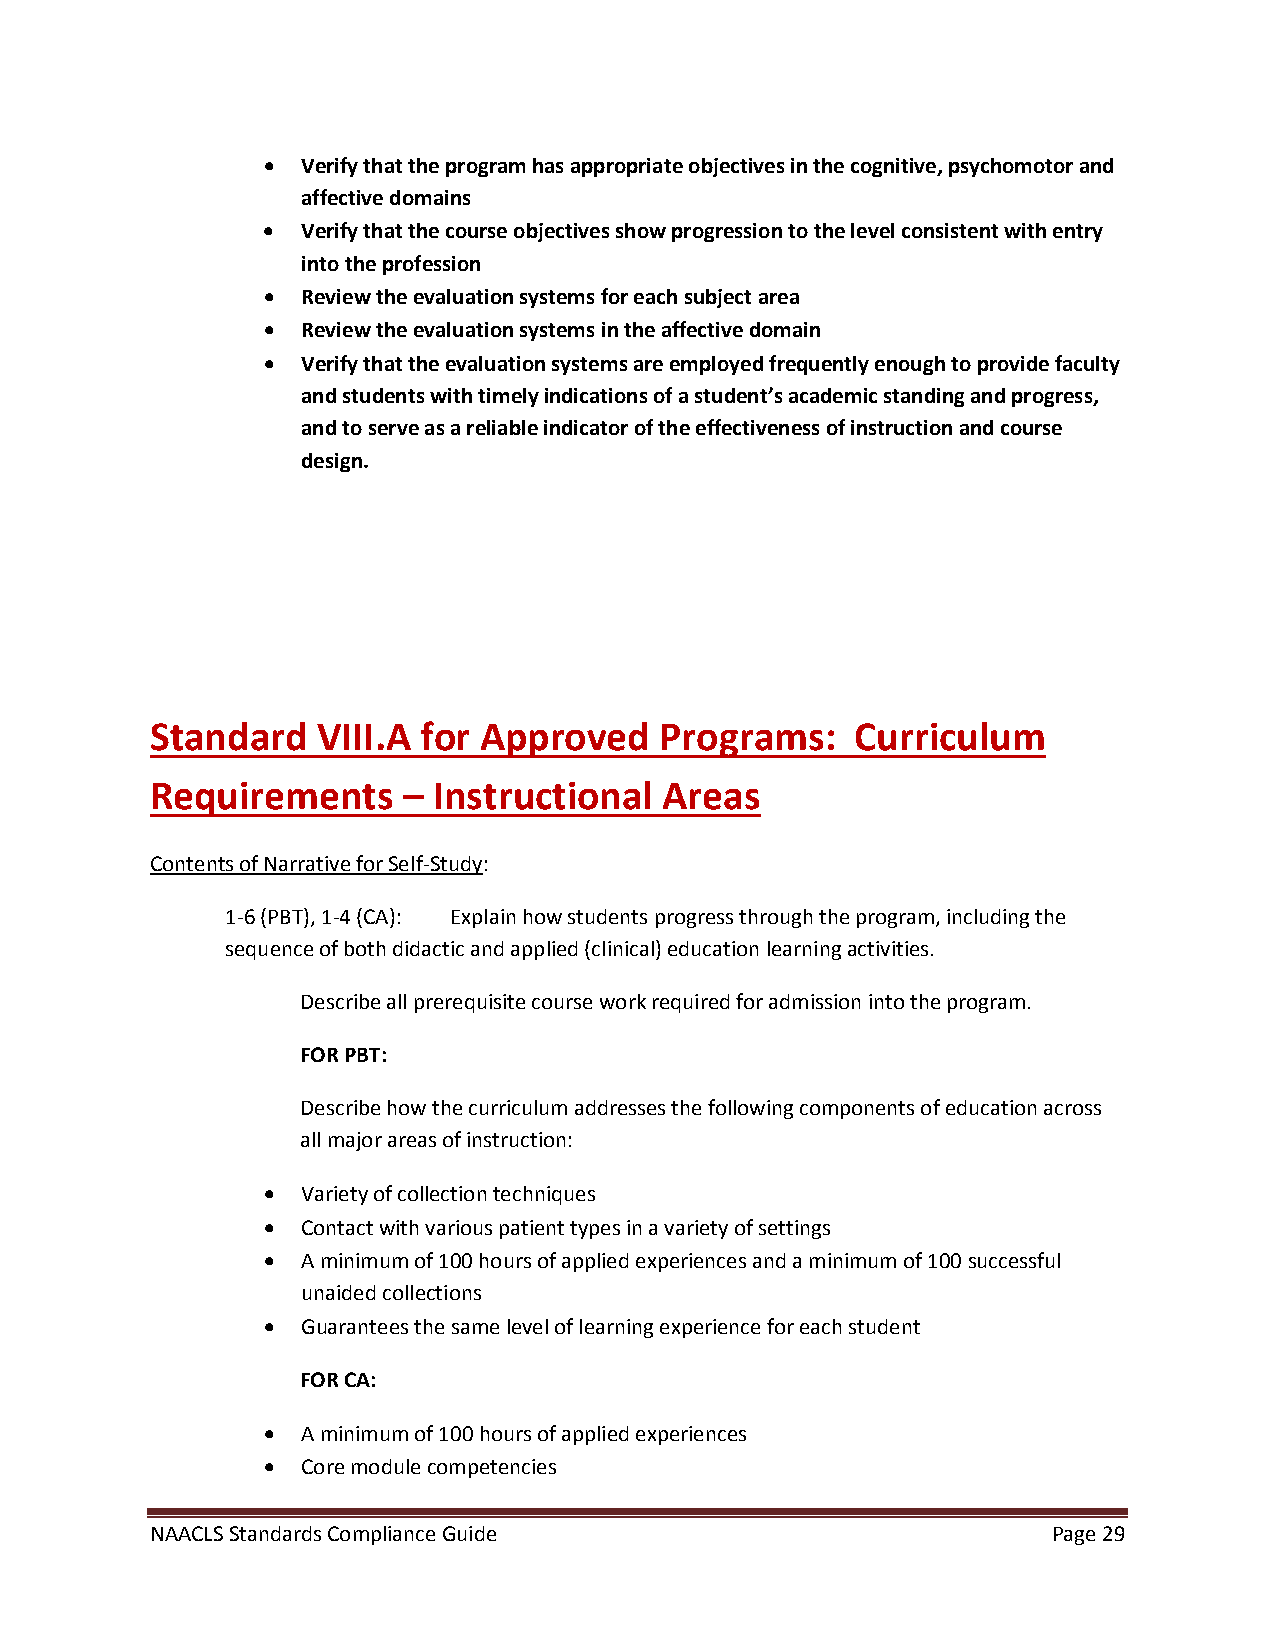
•  Verify that the program has appropriate objectives in the cognitive, psychomotor and
 affective domains
 •  Verify that the course objectives show progression to the level consistent with entry
 into the profession
 •  Review the evaluation systems for each subject area
 •  Review the evaluation systems in the affective domain
 •  Verify that the evaluation systems are employed frequently enough to provide faculty
 and students with timely indications of a student’s academic standing and progress,
 and to serve as a reliable indicator of the effectiveness of instruction and course
 design.
 Standard   VIII.A for Approved    Programs:    Curriculum
 Requirements     – Instructional  Areas
 Contents of Narrative for Self-Study:
 1-6 (PBT), 1-4 (CA): Explain how students progress through the program, including the
 sequence of both didactic and applied (clinical) education learning activities.
 Describe all prerequisite course work required for admission into the program.
 FOR PBT:
 Describe how the curriculum addresses the following components of education across
 all major areas of instruction:
 •  Variety of collection techniques
 •  Contact with various patient types in a variety of settings
 •  A minimum of 100 hours of applied experiences and a minimum of 100 successful
 unaided collections
 •  Guarantees the same level of learning experience for each student
 FOR CA:
 •  A minimum of 100 hours of applied experiences
 •  Core module competencies
 NAACLS Standards Compliance Guide                           Page 29